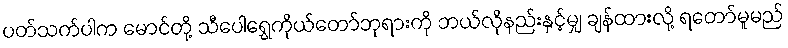
ပတ်သက်ပါက မောင်တို့ သီပေါရွှေကိုယ်တော်ဘုရားကို ဘယ်လိုနည်းနှင့်မျှ ချန်ထားလို့ ရတော်မူမည်